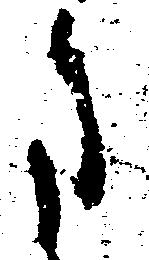
ま